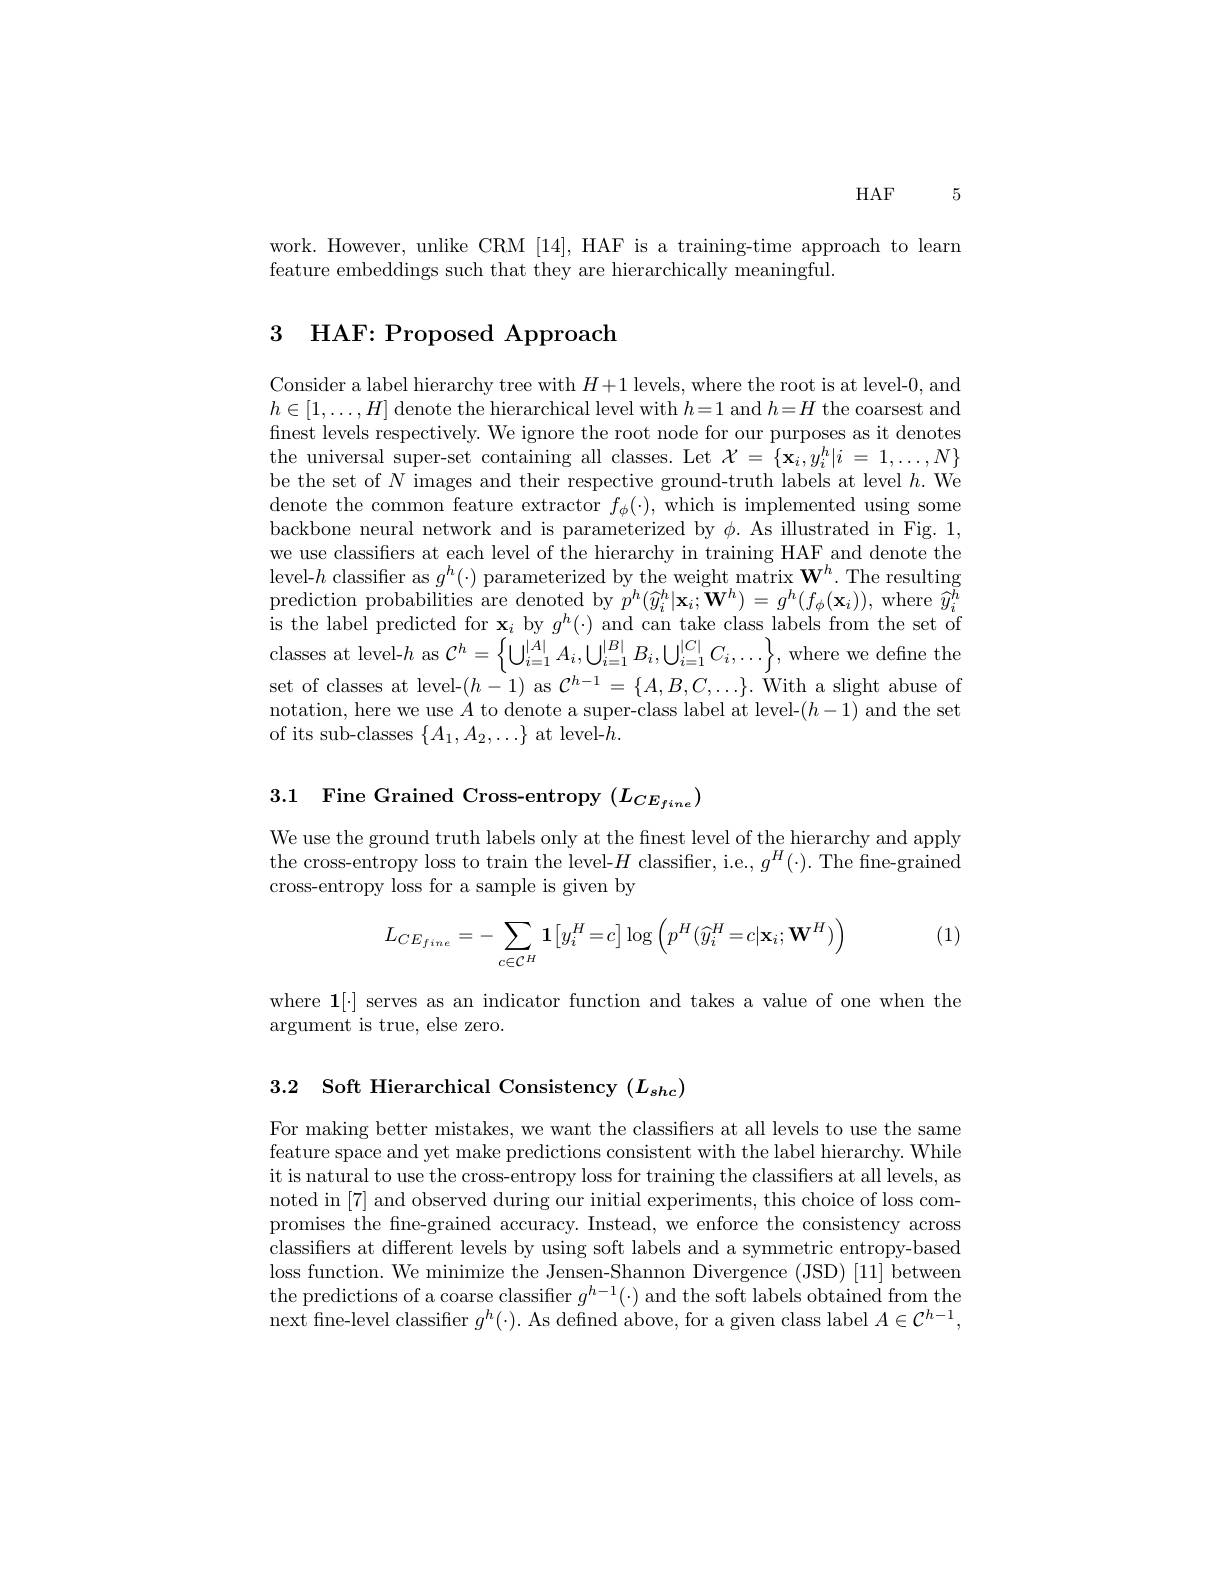
HAF 5

work. However, unlike CRM [14], HAF is a training-time approach to learn
feature embeddings such that they are hierarchically meaningful

# 3 HAF: Proposed Approach

Consider a label hierarchy tree with $H+1$ levels, where the root is at level-0, and $h\in[1,\ldots,H]$ denote the hierarchical level with $h=1$ and $h=H$ the coarsest and finest levels respectively. We ignore the root node for our purposes as it denotes the universal super-set containing all classes. Let $\mathcal{X} = \{ \mathbf{x} _i, y_i^h| i$ = $1, \ldots , N\}$ be the set of $N$ images and their respective ground-truth labels at level $h.$We denote the common feature extractor $f_\phi(\cdot)$, which is implemented using some backbone neural network and is parameterized by $\phi.$ As illustrated in Fig. 1, we use classifiers at each level of the hierarchy in training HAF and denote the level-$h$ classifier as $g^h(\cdot)$ parameterized by the weight matrix $\mathbf{W}^h.$ The resulting prediction probabilities are denoted by $p^h(\widehat{y}_{i}^{h}|\mathbf{x}_{i};\widetilde{\mathbf{W}}^{h})=g^{h}(f_{\phi}(\mathbf{x}_{i}))$, where $\widehat{y}_{i}^{\breve{h}}$ is the label predicted for $\mathbf{x}_i$ by $g^h(\cdot)$ and can take class labels from the set of lasses at level-$h$ as $\mathcal{C}^h=\left\{\bigcup_i=1^{|A|}A_i,\bigcup_{i=1}^{|B|}B_i,\bigcup_{i=1}^{|C|}C_i,\ldots\right\}$, where we define the set of classes at level-$(h-1)$ as $\mathcal{C}^{h-1}=\{A,B,C,\ldots\}.$ With a slight abuse of notation, here we use $A$ to denote a super-class label at level-($h-1)$ and the set of its sub-classes $\{A_1,A_2,\ldots\}$ at level-$h.$

3.1 Fine Grained Cross-entropy $(L_{CE_{fine}})$

We use the ground truth labels only at the finest level of the hierarchy and apply the cross-entropy loss to train the level-$H$ classifier, i.e., $g^H(\cdot).$ The fine-grained cross-entropy loss for a sample is given by

(1)
$$L_{CE_{fine}}=-\sum_{{c\in\mathcal{C}^{H}}}\mathbf{1}\bigl[y_{i}^{H}=c\bigr]\log\left(p^{H}(\widehat{y}_{i}^{H}=c|\mathbf{x}_{i};\mathbf{W}^{H})\right)$$
where $\mathbf{1}[\cdot]$ serves as an indicator function and takes a value of one when the
argument is true, else zero.

3.2 Soft Hierarchical Consistency $(L_shc)$

For making better mistakes, we want the classifiers at all levels to use the same feature space and yet make predictions consistent with the label hierarchy. While it is natural to use the cross-entropy loss for training the classifiers at all levels, as noted in [7] and observed during our initial experiments, this choice of loss compromises the fine-grained accuracy. Instead, we enforce the consistency across classifiers at different levels by using soft labels and a symmetric entropy-based loss function. We minimize the Jensen-Shannon Divergence (JSD) [11] between the predictions of a coarse classifier $g^{h-1}(\cdot)$ and the soft labels obtained from the next fne-level classifier $g^h(\cdot).$ As defined above, for a given class label $A\in\mathcal{C}^h-1$